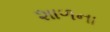
શાળના